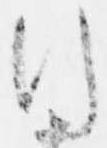
行